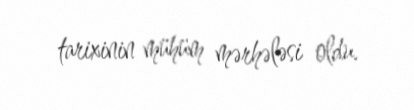
tarixinin mühüm mərhələsi oldu.